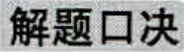
解题口诀